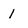
Character: I